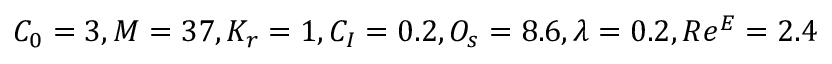
C _ { 0 } = 3 , M = 3 7 , K _ { r } = 1 , C _ { I } = 0 . 2 , O _ { s } = 8 . 6 , \lambda = 0 . 2 , R e ^ { E } = 2 . 4